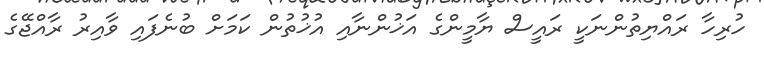
ހުރިހާ ރައްޔިތުންނަކީ ރައީސް ޔާމީންގެ އަޚުންނާއި އުޚުތުން ކަމަށް ބުނެފައި ވާއިރު ރާއްޖޭގެ